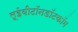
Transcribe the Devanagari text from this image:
लूईवीटॉनडॉटकॉम